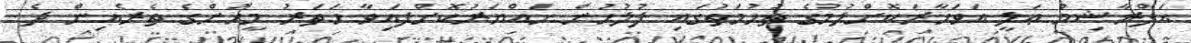
އަފްރާޝިމް ޢަލީ އަވަހާރަކޮށްލުމުގެ ތުހުމަތުގައި ފުލުހުން ހައްޔަރުކޮށްފައިވާ ހަތަރު މީހުންގެ ތެރެއިން ދެ